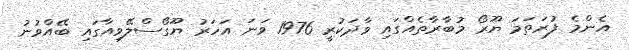
އެންމެ ފުރަތަމަ ޔޫރޯ މުބާރާތެއްގައި ވާދަކުރީ 1976 ވަނަ އަހަރު ޔޫގޯސްލޭވިއާގައި ބޭއްވުނު